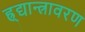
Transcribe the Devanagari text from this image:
ह्र्द्यान्त्रावरण